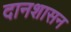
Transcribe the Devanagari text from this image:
दानशासन